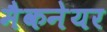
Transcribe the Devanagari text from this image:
मैकनेयर